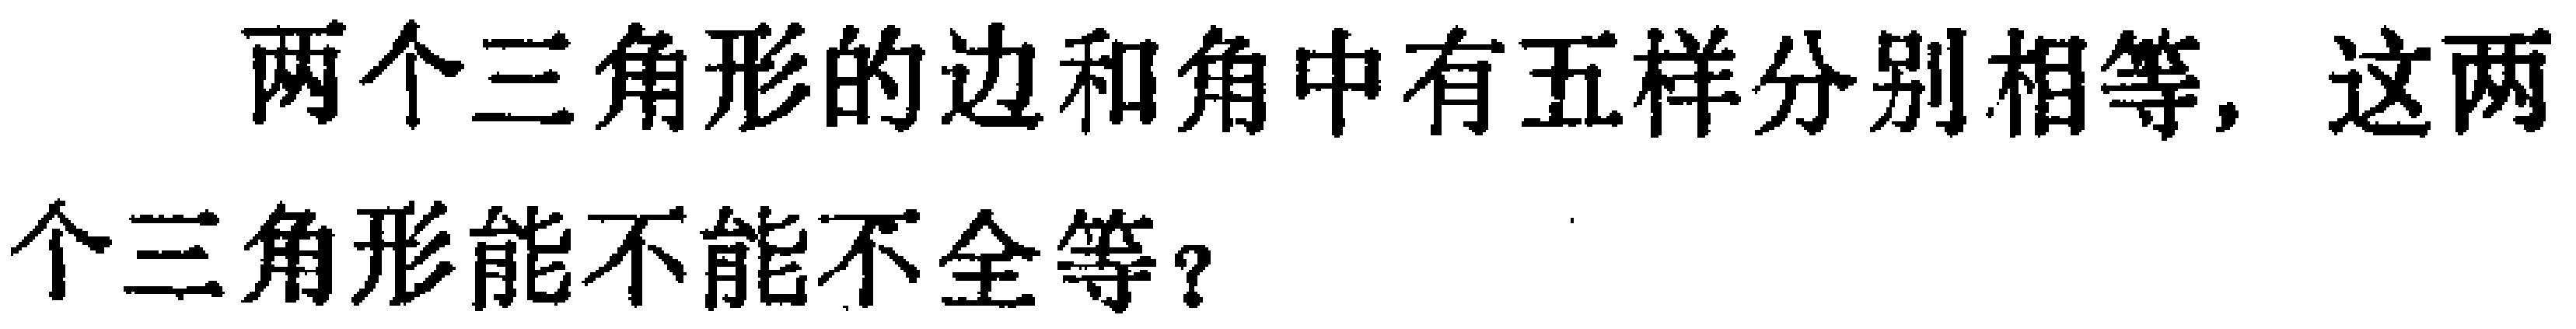
两个三角形的边和角中有五样分别相等，这两个三角形能不能不全等？